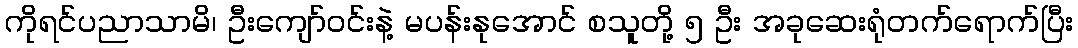
ကိုရင်ပညာသာမိ၊ ဦးကျော်ဝင်းနဲ့ မပန်းနုအောင် စသူတို့ ၅ ဦး အခုဆေးရုံတက်ရောက်ပြီး